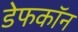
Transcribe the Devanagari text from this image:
डेफकॉन